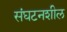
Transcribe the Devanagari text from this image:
संघटनशील